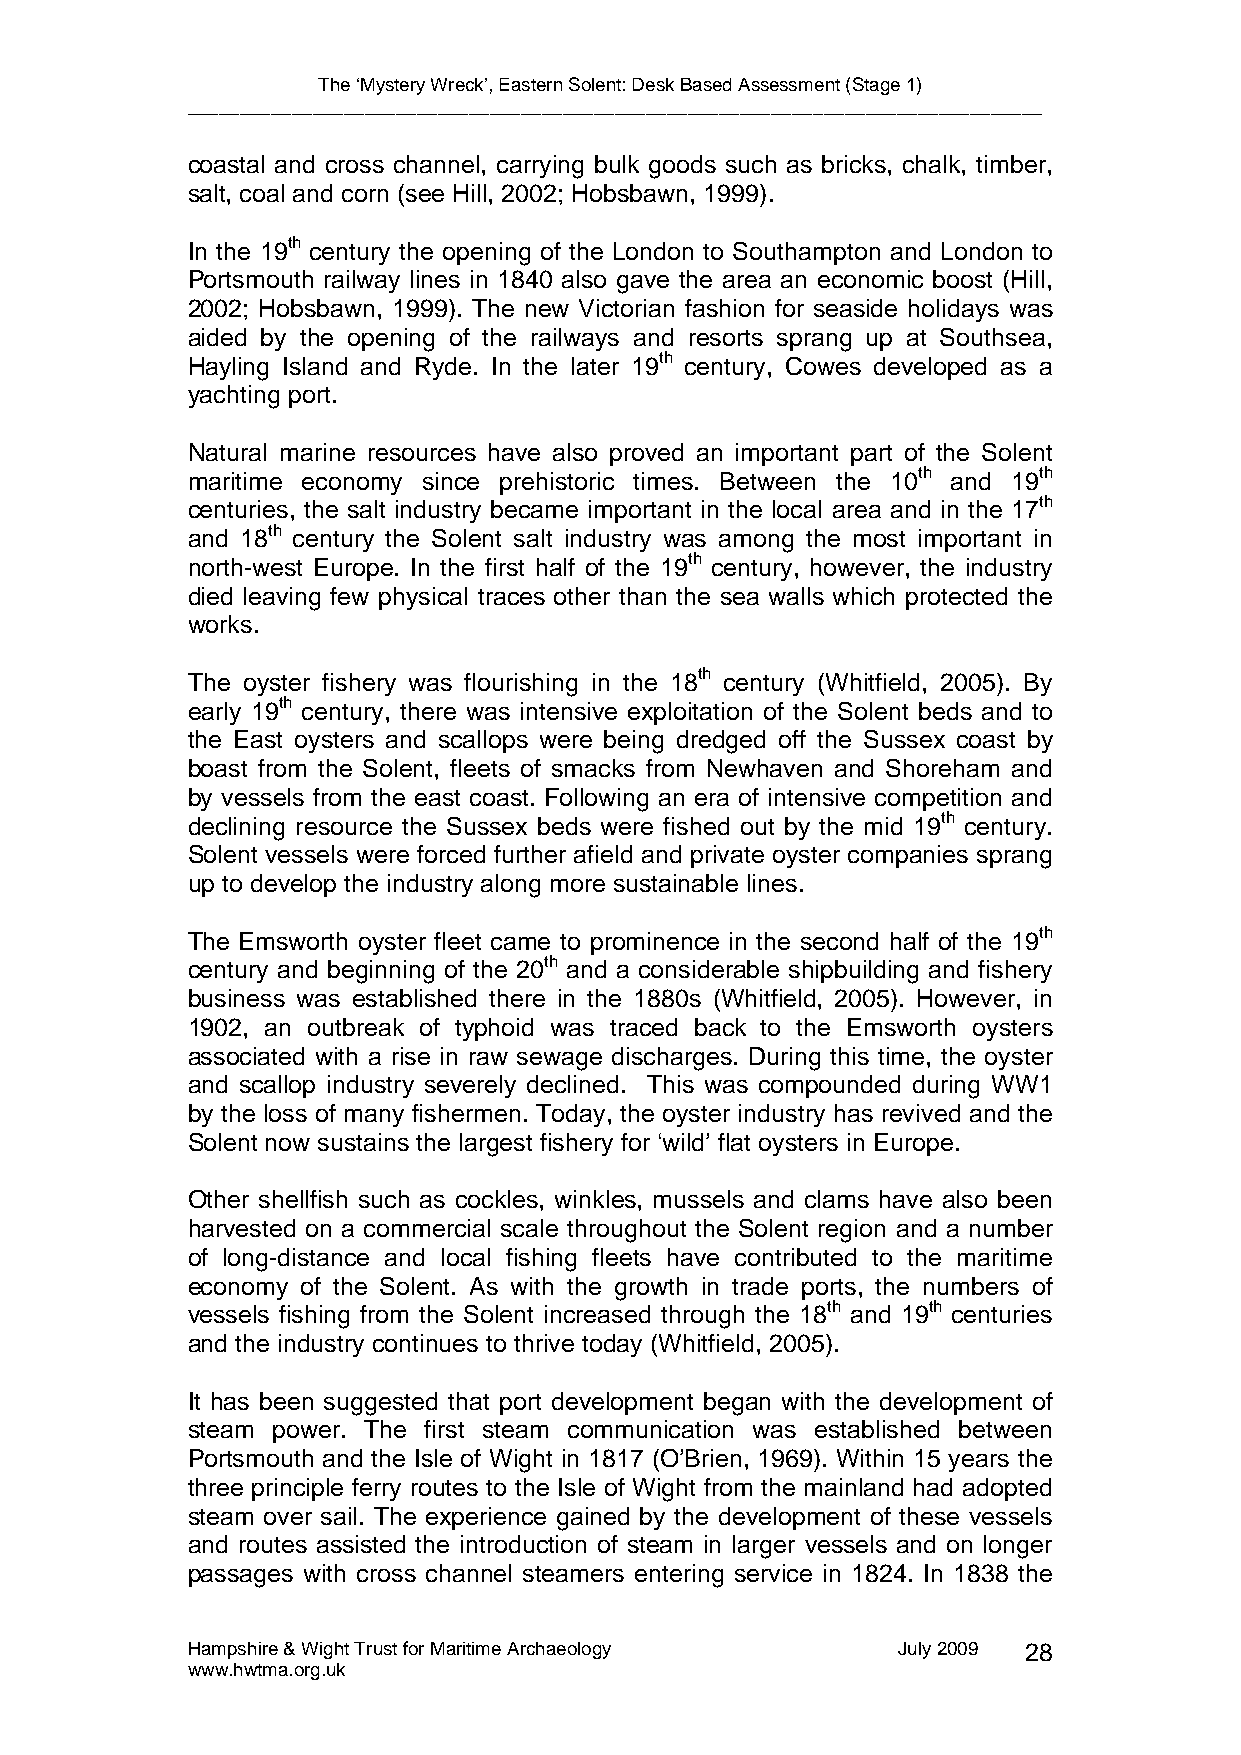
The ‘Mystery Wreck’, Eastern Solent: Desk Based Assessment (Stage 1)
 __________________________________________________________________________________
 coastal and cross channel, carrying bulk goods such as bricks, chalk, timber,
 salt, coal and corn (see Hill, 2002; Hobsbawn, 1999).
 In the 19th century the opening of the London to Southampton and London to
 Portsmouth railway lines in 1840 also gave the area an economic boost (Hill,
 2002; Hobsbawn, 1999). The new Victorian fashion for seaside holidays was
 aided by the opening of the railways and resorts sprang up at Southsea,
 Hayling Island and Ryde. In the later 19th century, Cowes developed as a
 yachting port.
 Natural marine resources have also proved an important part of the Solent
 maritime economy since prehistoric times. Between the 10th and 19th
 centuries, the salt industry became important in the local area and in the 17th
 and 18th century the Solent salt industry was among the most important in
 north-west Europe. In the first half of the 19th century, however, the industry
 died leaving few physical traces other than the sea walls which protected the
 works.
 The oyster fishery was flourishing in the 18th century (Whitfield, 2005). By
 early 19th century, there was intensive exploitation of the Solent beds and to
 the East oysters and scallops were being dredged off the Sussex coast by
 boast from the Solent, fleets of smacks from Newhaven and Shoreham and
 by vessels from the east coast. Following an era of intensive competition and
 declining resource the Sussex beds were fished out by the mid 19th century.
 Solent vessels were forced further afield and private oyster companies sprang
 up to develop the industry along more sustainable lines.
 The Emsworth oyster fleet came to prominence in the second half of the 19th
 century and beginning of the 20th and a considerable shipbuilding and fishery
 business was established there in the 1880s (Whitfield, 2005). However, in
 1902, an outbreak of typhoid was traced back to the Emsworth oysters
 associated with a rise in raw sewage discharges. During this time, the oyster
 and scallop industry severely declined. This was compounded during WW1
 by the loss of many fishermen. Today, the oyster industry has revived and the
 Solent now sustains the largest fishery for ‘wild’ flat oysters in Europe.
 Other shellfish such as cockles, winkles, mussels and clams have also been
 harvested on a commercial scale throughout the Solent region and a number
 of long-distance and local fishing fleets have contributed to the maritime
 economy of the Solent. As with the growth in trade ports, the numbers of
 vessels fishing from the Solent increased through the 18th and 19th centuries
 and the industry continues to thrive today (Whitfield, 2005).
 It has been suggested that port development began with the development of
 steam power. The first steam communication was established between
 Portsmouth and the Isle of Wight in 1817 (O’Brien, 1969). Within 15 years the
 three principle ferry routes to the Isle of Wight from the mainland had adopted
 steam over sail. The experience gained by the development of these vessels
 and routes assisted the introduction of steam in larger vessels and on longer
 passages with cross channel steamers entering service in 1824. In 1838 the
 Hampshire & Wight Trust for Maritime Archaeology July 2009 28
 www.hwtma.org.uk